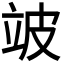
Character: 𬔜